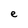
Character: e